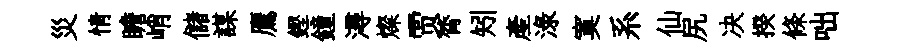
災情瞻峭儲謀鷹鏗鐘潯燦贾膂矧産渌寞系仙尻决揆條咄